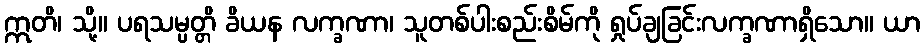
ဣတိ၊ သို့။ ပရသမ္ပတ္တိ ခိယန လက္ခဏာ၊ သူတစ်ပါးစည်းစိမ်ကို ရှုပ်ချခြင်းလက္ခဏာရှိသော။ ယာ